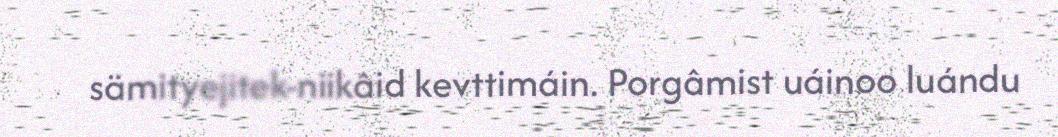
sämityejitek-niikâid kevttimáin. Porgâmist uáinoo luándu